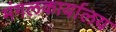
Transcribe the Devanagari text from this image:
मंगलकार्यालय